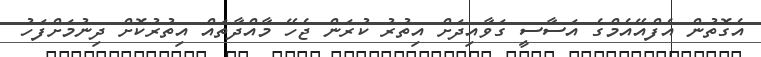
އެގޮތުން އެފްއޭއެމްގެ އަސާސީ ގަވާއިދަށް އިތުރު ކުރަން ޖެހޭ މާއްދާތައް އިތުރުކޮށް ދިނުމަށްފަހު